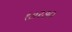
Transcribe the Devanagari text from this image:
१७२७०